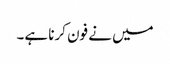
میں نے فون کرنا ہے۔